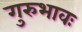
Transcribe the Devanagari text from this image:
गुरुभावः